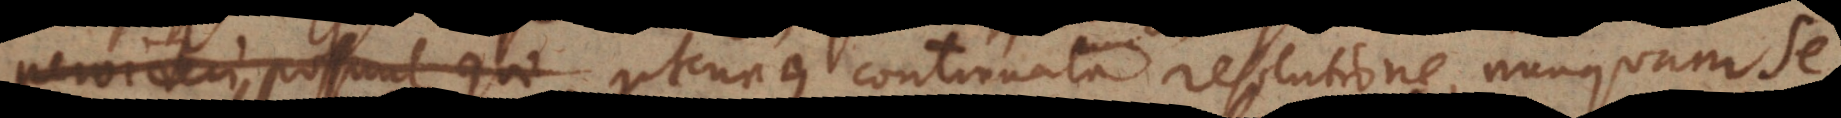
deri possunt, qui utcunque continuata resolutione, nunquam se,